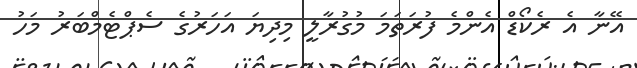
އޭނާ އެ ރެކޯޑް އެންމެ ފުރަތަމަ މުގުރާލީ މިދިޔަ އަހަރުގެ ސެޕްޓެމްބަރު މަހު